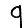
Digit: 9